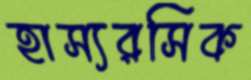
হাস্যরসিক